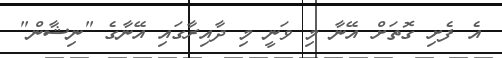
އެ ފެށި ގޮތަށް އޭނާ މި ވަނީ މި ދާއިރާގައި އޭނާގެ "ނިޝާން"